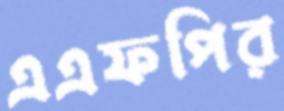
এএফপির